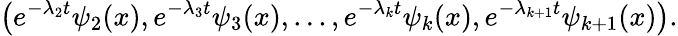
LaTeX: \left(e^{-\lambda_{2}t}\psi_{2}(x),e^{-\lambda_{3}t}\psi_{3}(x),...,e^{-\lambda_{k}t}\psi_{k}(x),e^{-\lambda_{k+1}t}\psi_{k+1}(x)\right).